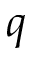
q